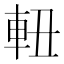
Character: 𨋀